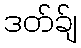
ဒတ်ခ်ျ